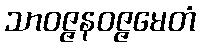
သာဝဇ္ဇနဝဇ္ဇမေတံ